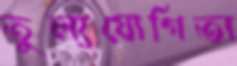
তুল্যযোগিতা